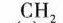
CH_{2}